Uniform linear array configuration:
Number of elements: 4
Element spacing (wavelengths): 1
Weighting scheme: binomial
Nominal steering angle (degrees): -60
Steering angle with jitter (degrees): -60.592
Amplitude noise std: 0.05
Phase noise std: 0.05

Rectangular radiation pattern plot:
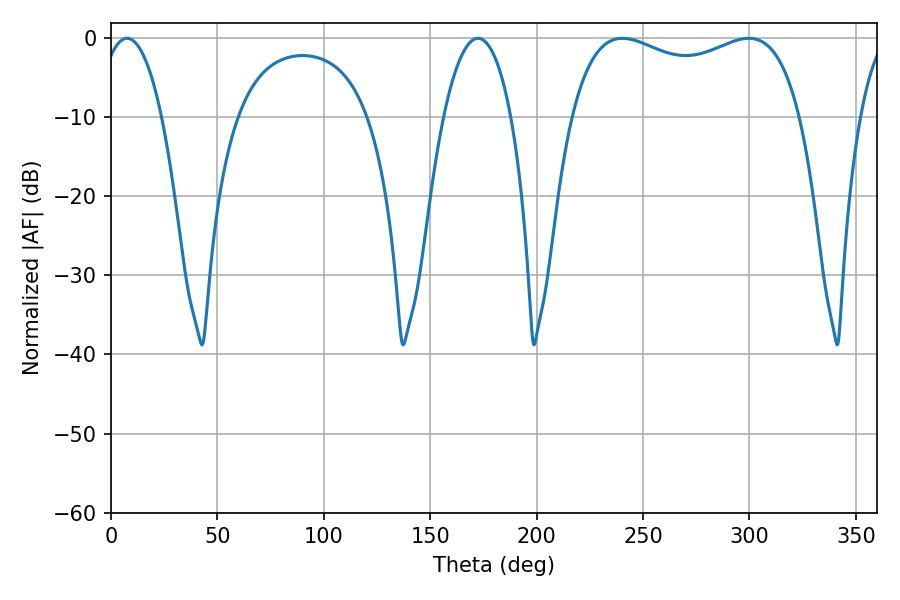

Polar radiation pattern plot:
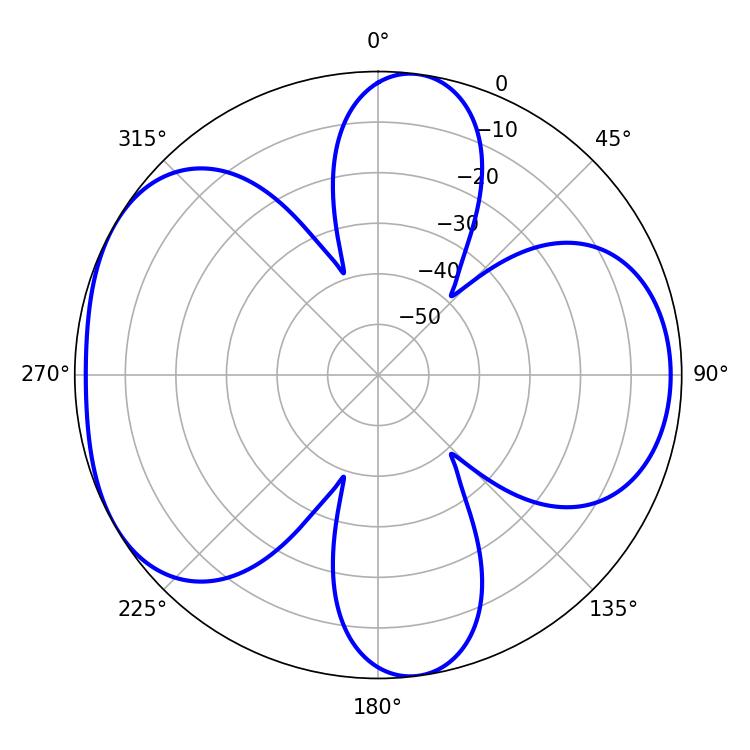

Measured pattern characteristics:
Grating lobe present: TRUE
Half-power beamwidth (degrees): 88.56
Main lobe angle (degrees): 240.3